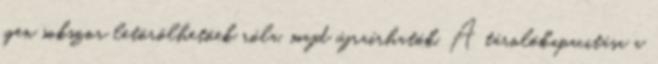
igen sokszor letörölhetőek róla, majd újraírhatók. A tárolókapacitása a